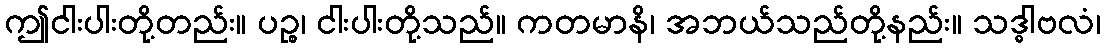
ဤငါးပါးတို့တည်း။ ပဉ္စ၊ ငါးပါးတို့သည်။ ကတမာနိ၊ အဘယ်သည်တို့နည်း။ သဒ္ဓါဗလံ၊